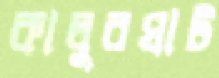
কালুরঘাট